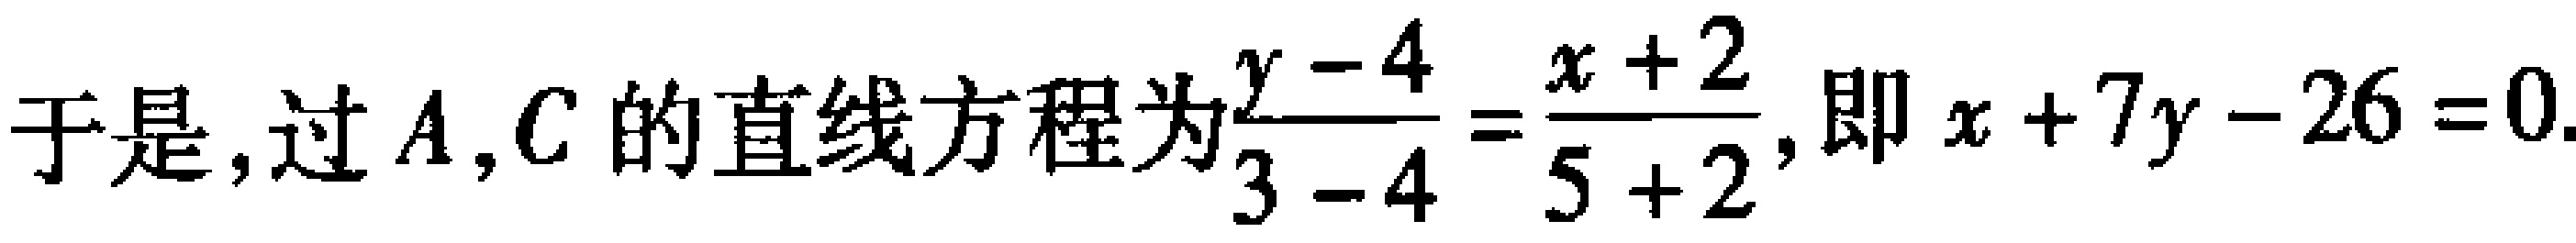
于是, 过 \(A,C\) 的直线方程为\(\frac{y - 4}{3 - 4}=\frac{x + 2}{5 + 2}\), 即 \(x + 7y - 26 = 0\).